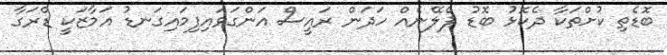
ބޮޑެތި ކުށްތަކާ ދެކޮޅު ބޮޑު ޕްލޭނެއް ހަދަން ރައީސް އަންގަވައިފިމައިގަނޑު އަމާޒަކީ ޑްރަގާ